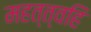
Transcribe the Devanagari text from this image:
महत्त्वहि